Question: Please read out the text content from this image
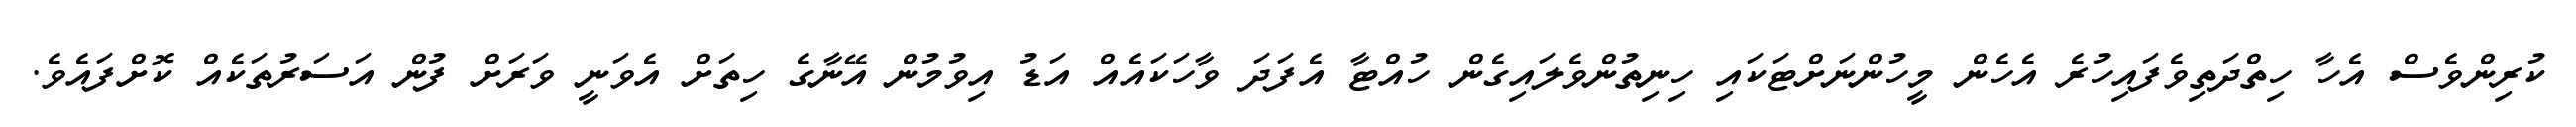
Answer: ކުރިންވެސް އެހާ ހިތްދަތިވެފައިހުރެ އެހެން މީހުންނަށްޓަކައި ހިނިތުންވެލައިގެން ހުއްޓާ އެފަދަ ވާހަކައެއް އަޑު އިވުމުން އޭނާގެ ހިތަށް އެވަނީ ވަރަށް ފުން އަސަރުތަކެއް ކޮށްފައެވެ.